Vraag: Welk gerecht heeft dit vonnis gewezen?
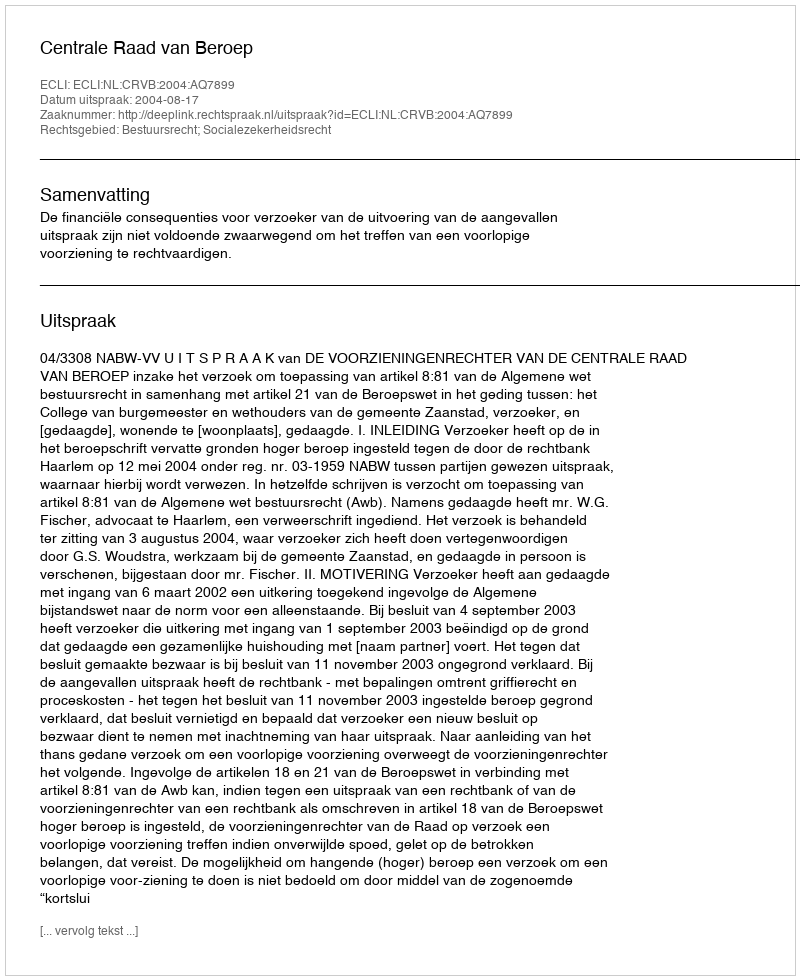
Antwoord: Centrale Raad van Beroep